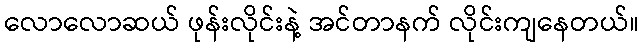
လောလောဆယ် ဖုန်းလိုင်းနဲ့ အင်တာနက် လိုင်းကျနေတယ်။